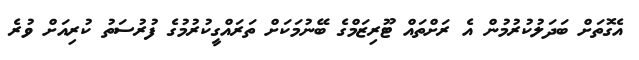
އެގޮތަށް ބަދަލުކުރުމުން އެ ރަށްތައް ޓޫރިޒަމްގެ ބޭނުމަކަށް ތަރައްގީކުރުމުގެ ފުރުސަތު ކުރިއަށް ވުރެ